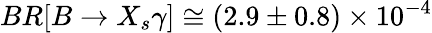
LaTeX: BR[B\rightarrow X_{s}\gamma]\cong(2.9\pm 0.8)\times 10^{-4}